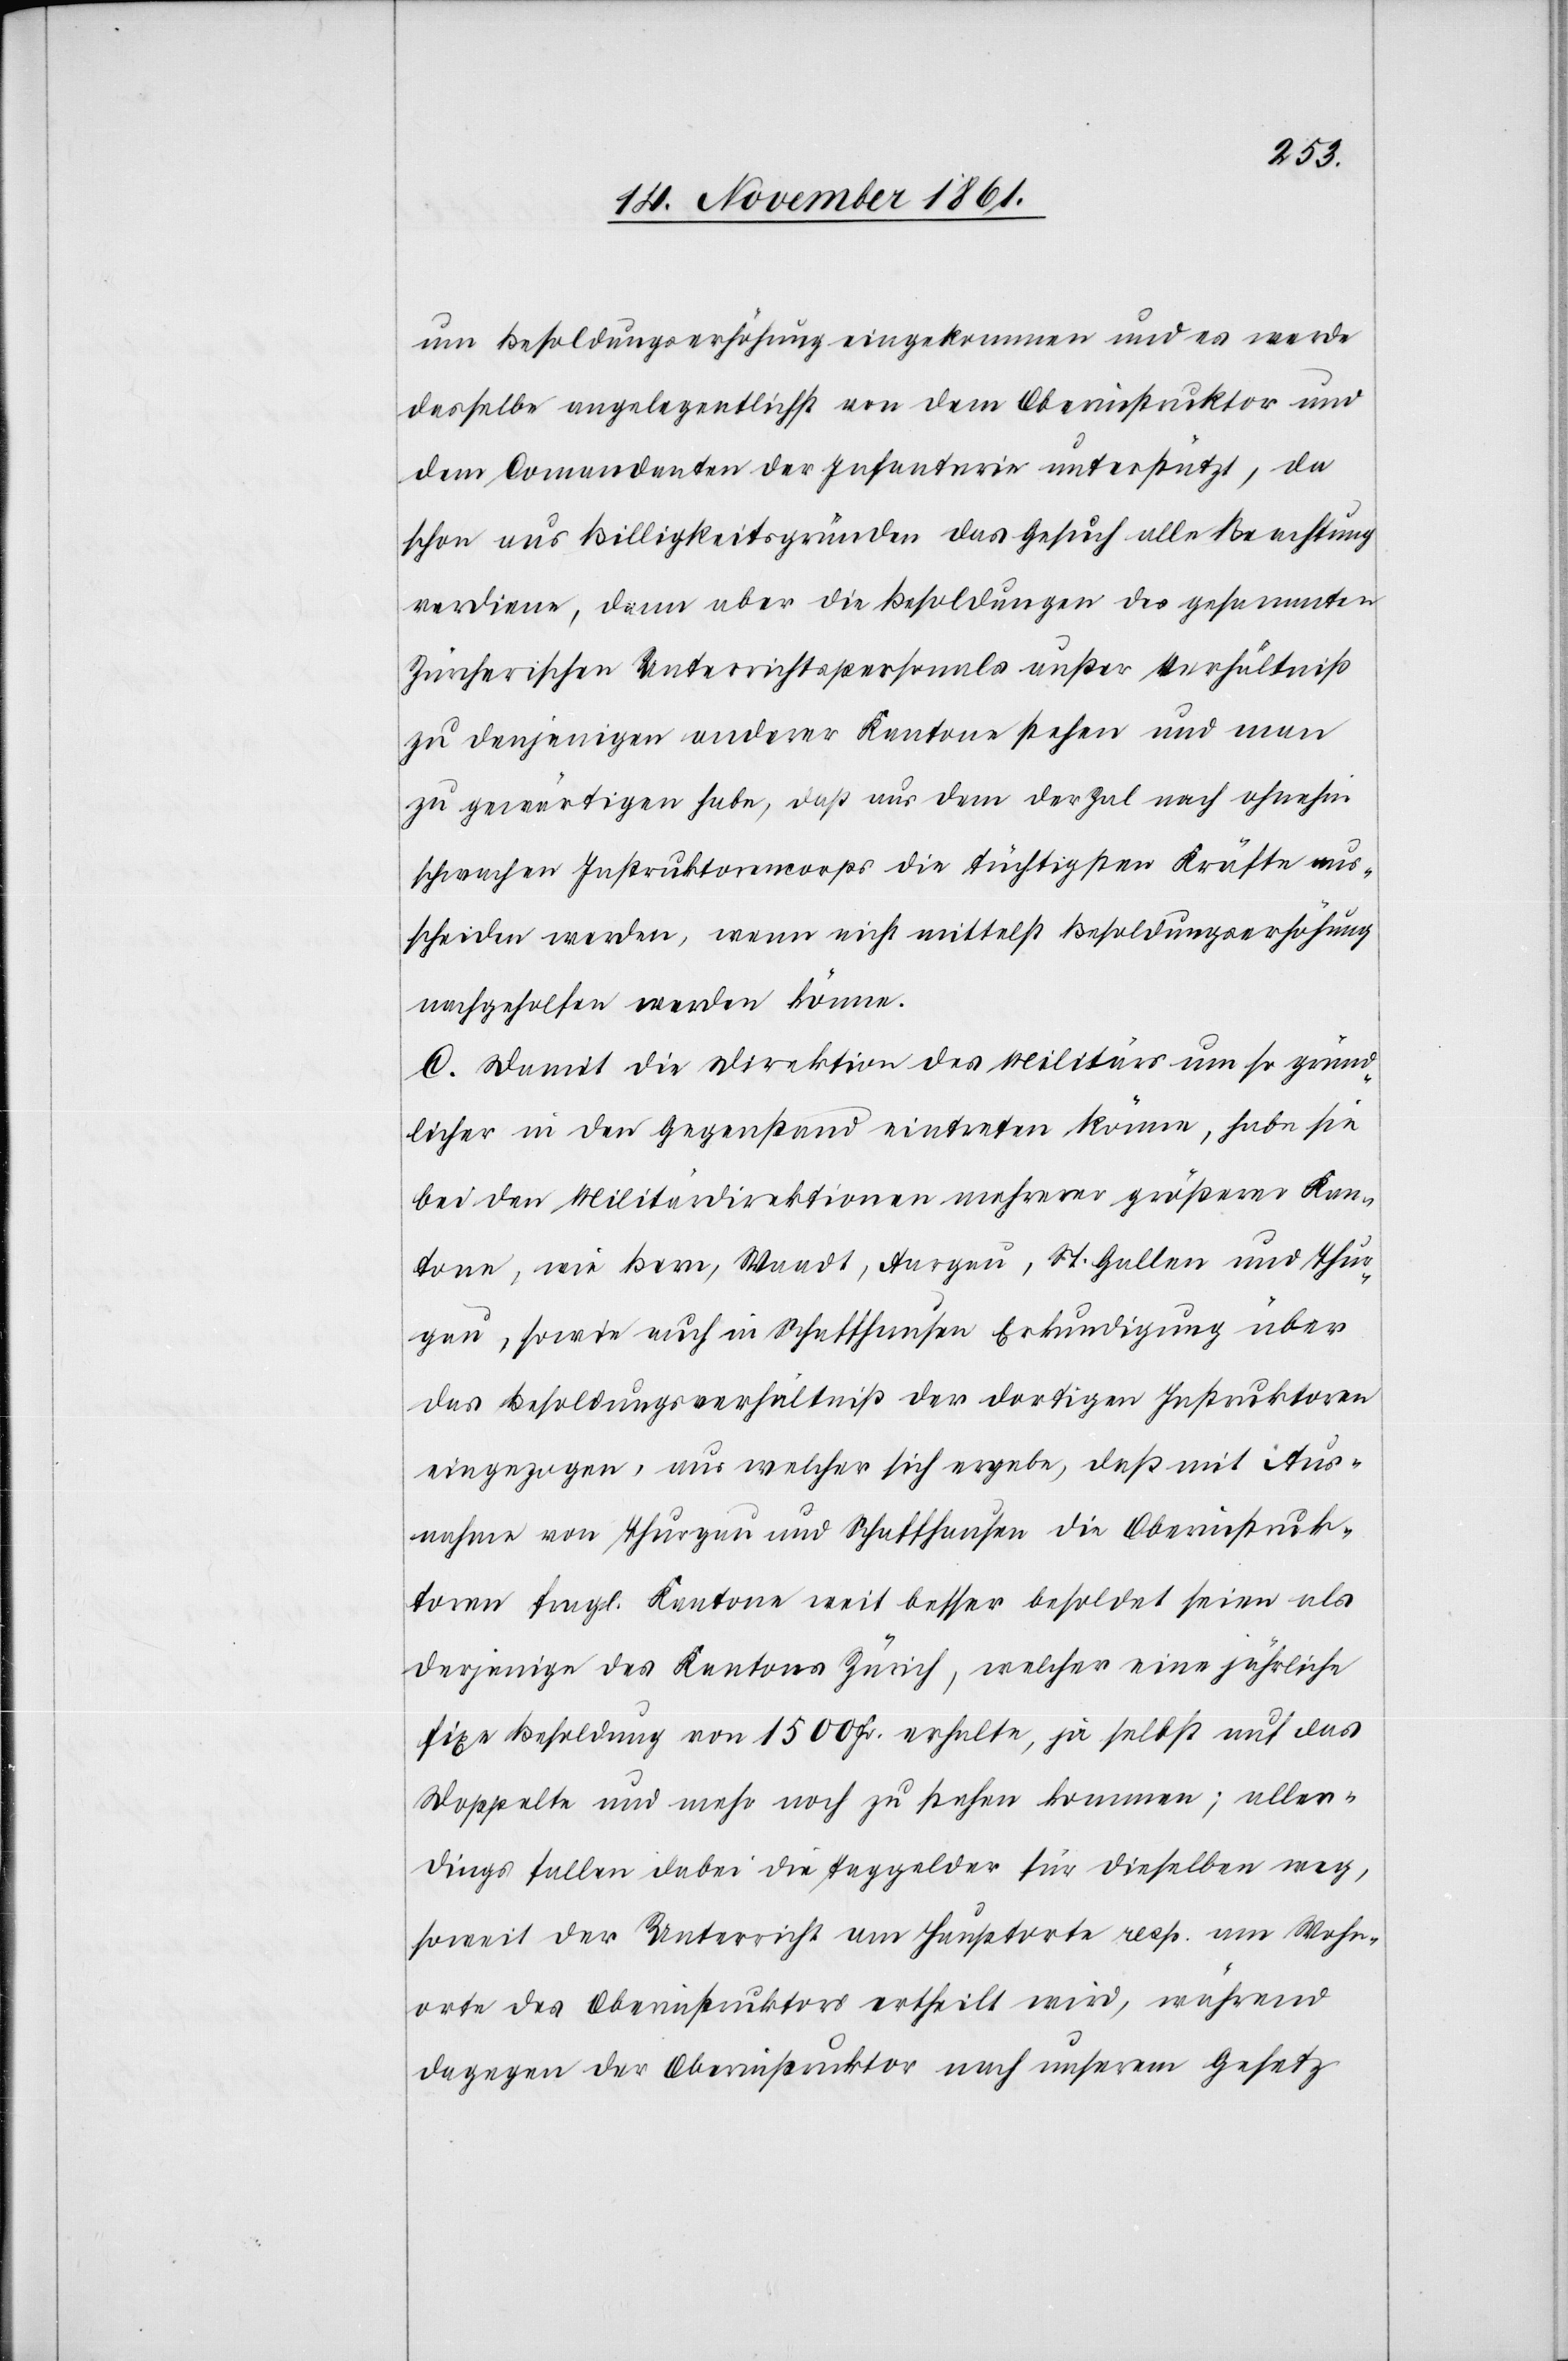
um Besoldungserhöhung eingekommen und es werde
dasselbe angelegentlichst von dem Oberinstructor und
dem Commandanten der Infanterie unterstützt, da
schon aus Billigkeitsgründen das Gesuch alle Beachtung
verdiene, dann aber die Besoldungen des gesammten
Zürcherischen Unterrichtspersonals außer Verhältniß
zu denjenigen anderer Kantone stehen und man
zu gewärtigen habe, daß aus dem der Zal nach ohnehin
schwachen Instruktorencorps die tüchtigsten Kräfte aus¬
scheiden werden, wenn nicht mittelst Besoldungserhöhung
nachgeholfen werden könne.
C. Damit die Direktion des Militärs um so gründ¬
licher in den Gegenstand eintreten könne, habe sie
bei den Militärdirektionen mehrerer größerer Kan¬
tone, wie Bern, Waadt, Aargau, St. Gallen und Thur¬
gau, sowie auch in Schaffhausen Erkundigung über
das Besoldungsverhältniß der dortigen Instruktoren
eingezogen, aus welcher sich ergebe, daß mit Aus¬
nahme von Thurgau und Schaffhausen die Oberinstruk¬
toren fragl. Kantone weit besser besoldet seien als
derjenige des Kantons Zürich, welcher eine jährliche
fixe Besoldung von 1500 Fr. erhalte, ja selbst auf das
Doppelte und mehr noch zu stehen kommen; aller¬
dings fallen dabei die Taggelder für dieselben weg,
soweit der Unterricht am Hauptorte resp. am Wohn¬
orte des Oberinstruktors ertheilt wird, während
dagegen der Oberinstruktor nach unserem Gesetz